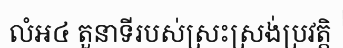
លំអ៤ តួនាទីរបស់ស្រះស្រង់ប្រវត្តិ